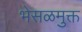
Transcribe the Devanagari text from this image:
भेसळमुक्त